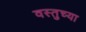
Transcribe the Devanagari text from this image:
वस्तुच्या